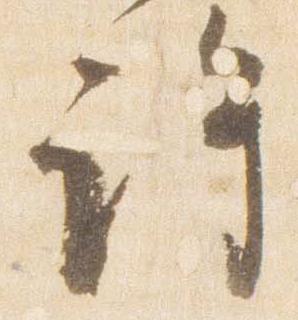
許